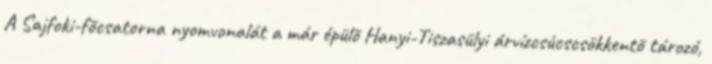
A Sajfoki-fõcsatorna nyomvonalát a már épülõ Hanyi-Tiszasülyi árvízcsúcscsökkentõ tározó,